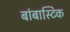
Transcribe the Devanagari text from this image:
बांबास्टिक